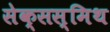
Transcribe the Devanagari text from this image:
सेक्सस्मिथ